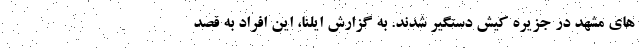
های مشهد در جزیره کیش دستگیر شدند. به گزارش ایلنا، این افراد به قصد